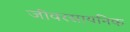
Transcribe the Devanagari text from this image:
जीवरसायनिक